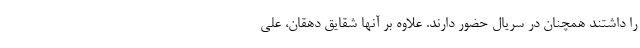
را داشتند همچنان در سریال حضور دارند. علاوه بر آنها شقایق دهقان، علی